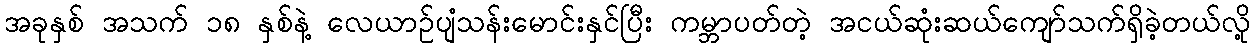
အခုနှစ် အသက် ၁၈ နှစ်နဲ့ လေယာဉ်ပျံသန်းမောင်းနှင်ပြီး ကမ္ဘာပတ်တဲ့ အငယ်ဆုံးဆယ်ကျော်သက်ရှိခဲ့တယ်လို့